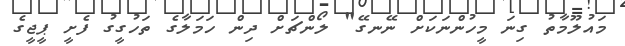
މައުލޫމާތު ގިނަ މީހުންނަކަށް ނޭނގޭ" ލޯންޗަށް ދިން ހަމަލާގެ ތަހުގީގު ފެށީ ޕީޖީގެ